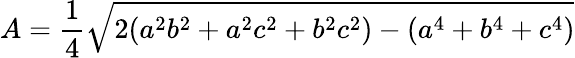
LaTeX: A={\frac{1}{4}}{\sqrt{2(a^{2}b^{2}+a^{2}c^{2}+b^{2}c^{2})-(a^{4}+b^{4}+c^{4})}}